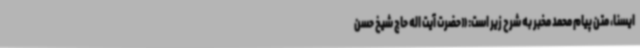
ایسنا، متن پیام محمد مخبر به شرح زیر است: «حضرت آیت اله حاج شیخ حسن